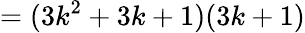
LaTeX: =(3k^{2}+3k+1)(3k+1)